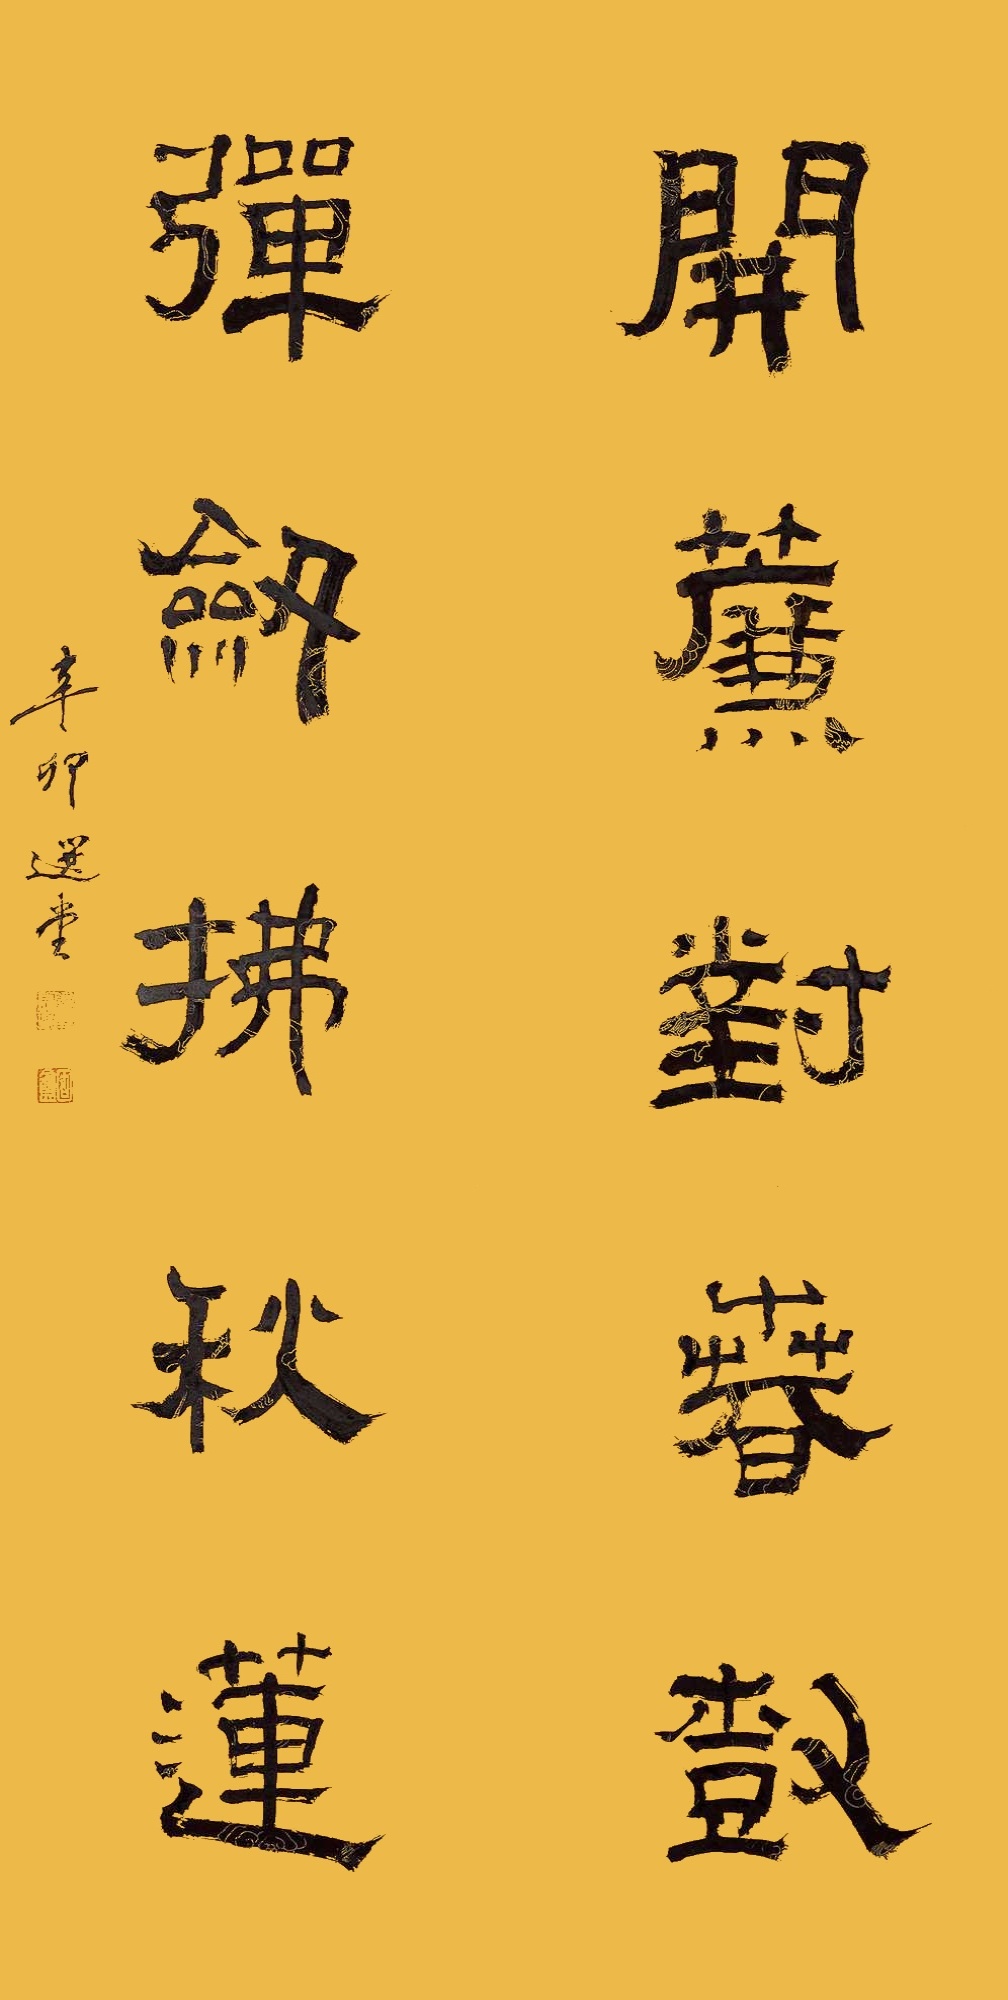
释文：开帘对春树，弹剑拂秋莲。辛卯选堂。